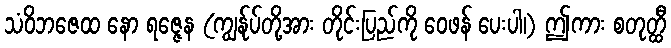
သံဝိဘဇေထ နော ရဇ္ဇေန (ကျွန်ုပ်တို့အား တိုင်းပြည်ကို ဝေဖန် ပေးပါ၊) ဤကား စတုတ္ထီ